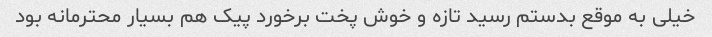
خیلی به موقع بدستم رسید تازه و خوش پخت برخورد پیک هم بسیار محترمانه بود